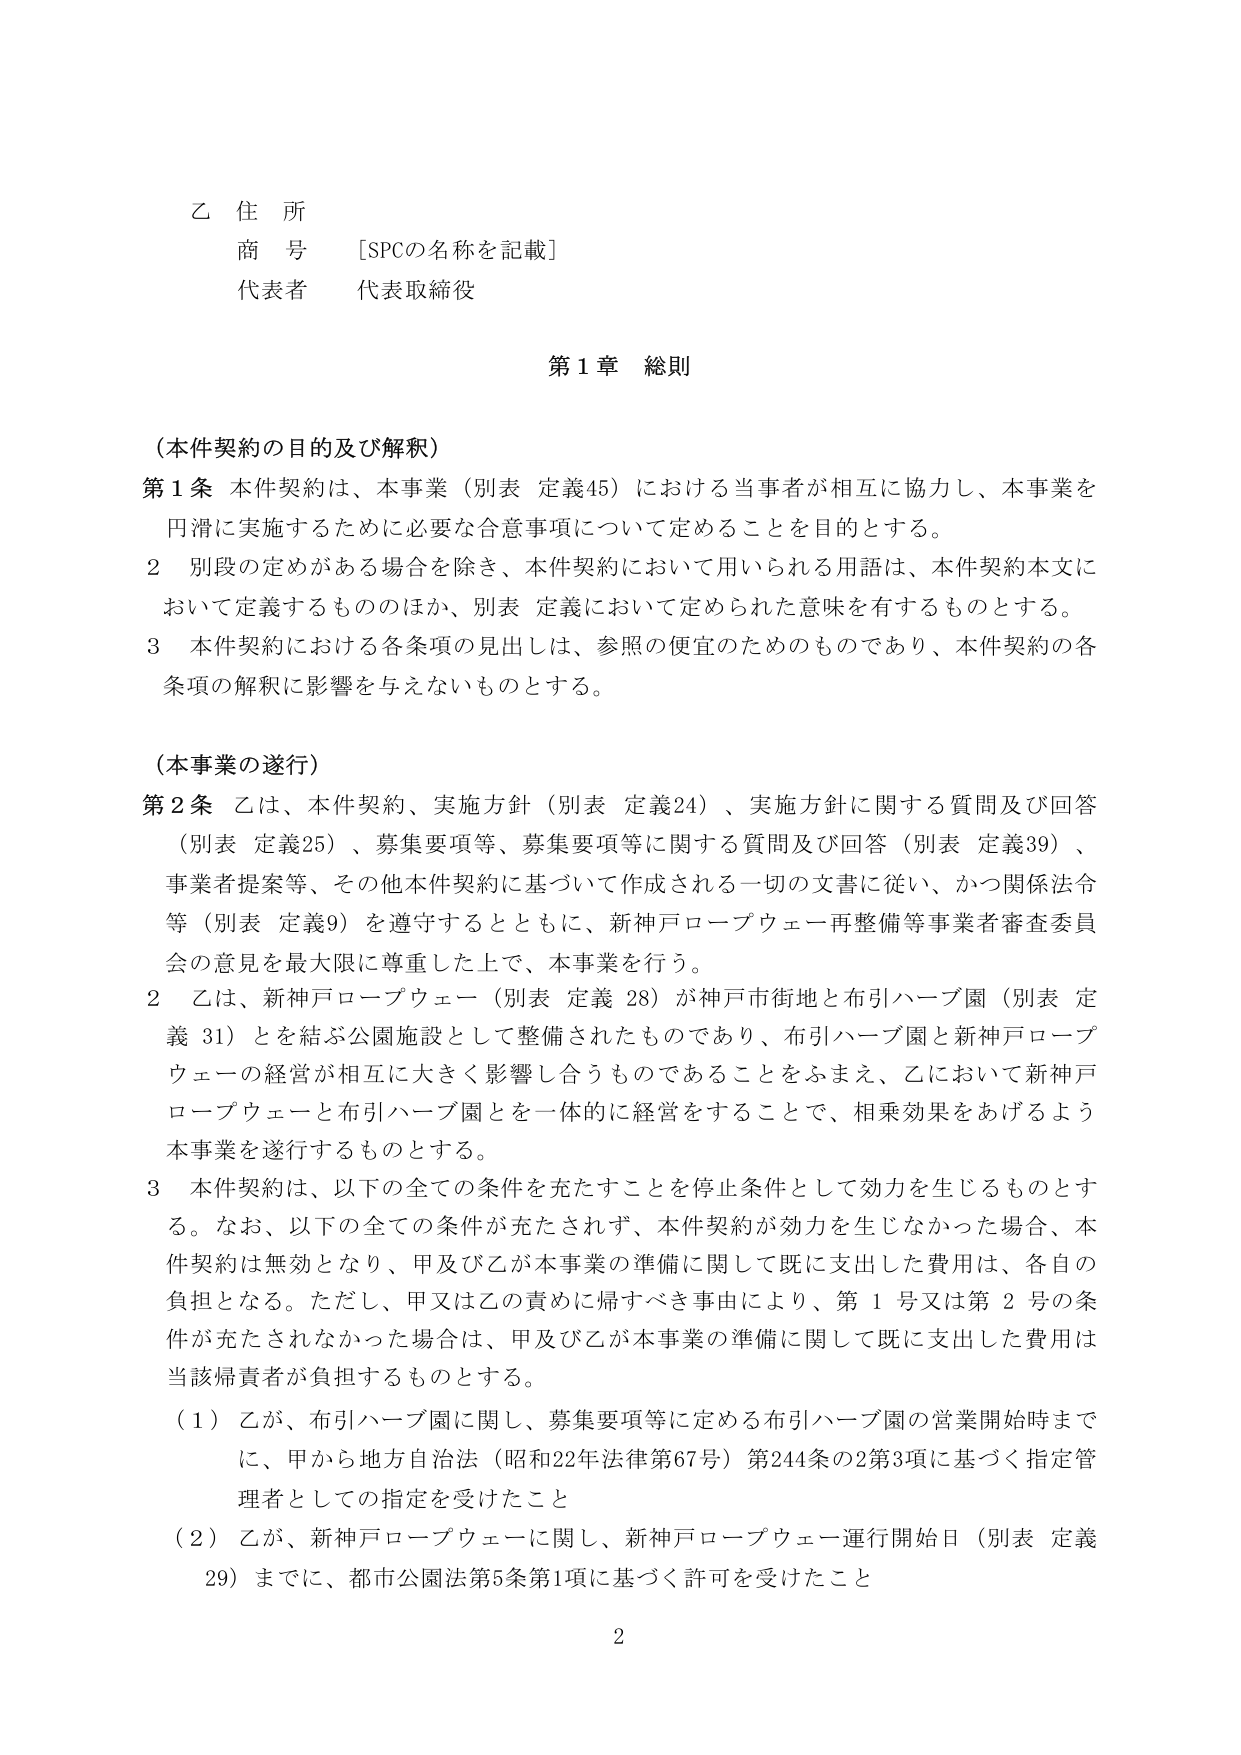
乙 住 所
商 号 [SPCの名称を記載]
代表者 代表取締役

第1章 総則

（本件契約の目的及び解釈）
第1条 本件契約は、本事業（別表 定義45）における当事者が相互に協力し、本事業を円滑に実施するために必要な合意事項について定めることを目的とする。
2 別段の定めがある場合を除き、本件契約において用いられる用語は、本件契約本文において定義するもののほか、別表 定義において定められた意味を有するものとする。
3 本件契約における各条項の見出しは、参照の便宜のためのものであり、本件契約の各条項の解釈に影響を与えないものとする。

（本事業の遂行）
第2条 乙は、本件契約、実施方針（別表 定義24）、実施方針に関する質問及び回答（別表 定義25）、募集要項等、募集要項等に関する質問及び回答（別表 定義39）、事業者提案等、その他本件契約に基づいて作成される一切の文書に従い、かつ関係法令等（別表 定義9）を遵守するとともに、新神戸ロープウェー再整備等事業者審査委員会の意見を最大限に尊重した上で、本事業を行う。
2 乙は、新神戸ロープウェー（別表 定義28）が神戸市街地と布引ハーブ園（別表 定義31）とを結ぶ公園施設として整備されたものであり、布引ハーブ園と新神戸ロープウェーの経営が相互に大きく影響し合うものであることをふまえ、乙において新神戸ロープウェーと布引ハーブ園とを一体的に経営することで、相乗効果をあげるよう本事業を遂行するものとする。
3 本件契約は、以下の全ての条件を充たすことを停止条件として効力を生じるものとする。なお、以下の全ての条件が充たされず、本件契約が効力を生じなかった場合、本件契約は無効となり、甲及び乙が本事業の準備に関して既に支出した費用は、各自の負担となる。ただし、甲又は乙の責めに帰すべき事由により、第1号又は第2号の条件が充たされなかった場合は、甲及び乙が本事業の準備に関して既に支出した費用は当該帰責者が負担するものとする。
（1）乙が、布引ハーブ園に関し、募集要項等に定める布引ハーブ園の営業開始時までに、甲から地方自治法（昭和22年法律第67号）第244条の2第3項に基づく指定管理者としての指定を受けたこと
（2）乙が、新神戸ロープウェーに関し、新神戸ロープウェー運行開始日（別表 定義29）までに、都市公園法第5条第1項に基づく許可を受けたこと

2